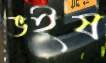
ভইষ